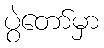
ပွဲတော်မှာ